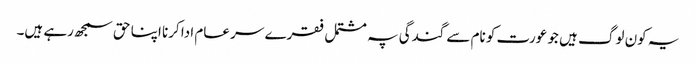
یہ کون لوگ ہیں جو عورت کو نام سے گندگی پہ مشتمل فقرے سر عام ادا کرنا اپنا حق سمجھ رہے ہیں۔